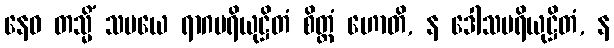
နေဝ တသ္မိံ သမယေ ရာဂပရိယုဋ္ဌိတံ စိတ္တံ ဟောတိ, န ဒေါသပရိယုဋ္ဌိတံ, န